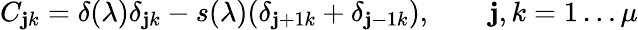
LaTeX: C_{\mathbf{j}k}=\delta(\lambda)\delta_{\mathbf{j}k}-s(\lambda)(\delta_{\mathbf{j}+1k}+\delta_{\mathbf{j}-1k}),\qquad\mathbf{j},k=1\dots\mu